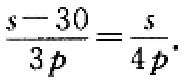
$\frac{s - 30}{3p}=\frac{s}{4p}$